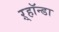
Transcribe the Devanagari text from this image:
ऱ्हॉन्डा